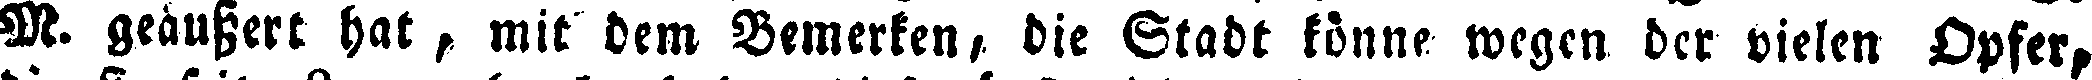
M. geäußert hat, mit dem Bemerken, die Stadt könne wegen der vielen Opfer,